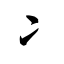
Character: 冫